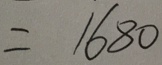
= 1 6 8 0